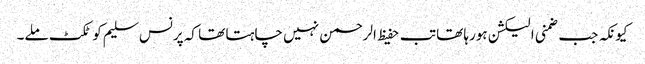
کیونکہ جب ضمنی الیکشن ہورہا تھا تب حفیظ الرحمن نہیں چاہتا تھا کہ پرنس سلیم کو ٹکٹ ملے۔